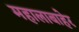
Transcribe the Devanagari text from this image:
महालाबाहेर